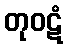
တုဝဋံ